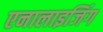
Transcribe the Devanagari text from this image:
एनालाइजिंग